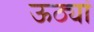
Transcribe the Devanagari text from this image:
ऊठ्यां